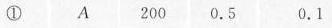
① A 200 0.5 0.1